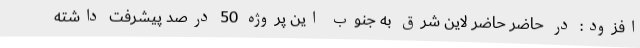
افزود: در حاضر حاضر لاین شرق به جنوب این پروژه 50 درصد پیشرفت داشته